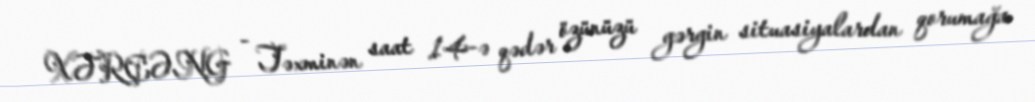
XƏRÇƏNG - Təxminən saat 14-ə qədər özünüzü gərgin situasiyalardan qorumağa